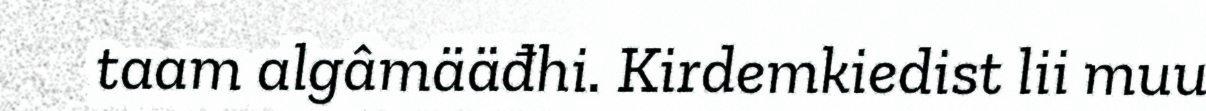
taam algâmääđhi. Kirdemkiedist lii muu